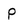
Character: P